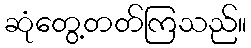
ဆုံတွေ့တတ်ကြသည်။